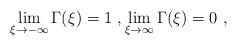
LaTeX: \begin{align*}\lim_{\xi\to -\infty} \Gamma(\xi) = 1\ , \lim_{\xi\to \infty} \Gamma(\xi) = 0\ , \end{align*}